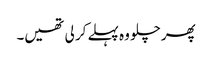
پھر چلو وہ پہلے کر لی تھیں۔